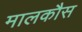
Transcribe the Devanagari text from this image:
मालकौस